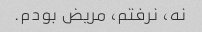
نه، نرفتم، مریض بودم.